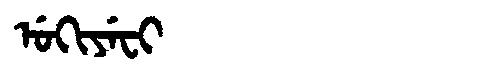
Manchu: ᡠᡴᡳᠶᡝᠸᡳ
Romanization: UKIYEFI